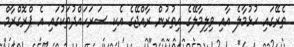
ތެރޭގައި ހުޅުމާލެ އާއި ވިލިމާލޭގެ އިތުރުން ރާއްޖޭގެ އެކި ސަރަހައްދުތަކުގައި އެ ޕްރޮގްރާމް